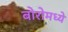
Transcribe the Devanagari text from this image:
बोरोमध्ये